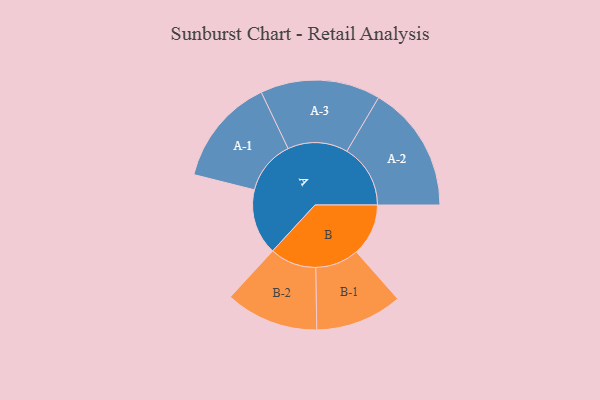
{"axis": {"x": "Segment", "y": "Value"}, "legend": ["", "A", "B"], "data": [{"x": "A", "y": 301, "type": ""}, {"x": "B", "y": 238, "type": ""}, {"x": "A-1", "y": 247, "type": "A"}, {"x": "A-2", "y": 291, "type": "A"}, {"x": "A-3", "y": 275, "type": "A"}, {"x": "B-1", "y": 199, "type": "B"}, {"x": "B-2", "y": 213, "type": "B"}]}